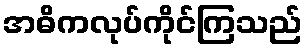
အဓိကလုပ်ကိုင်ကြသည်